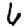
Digit: 6